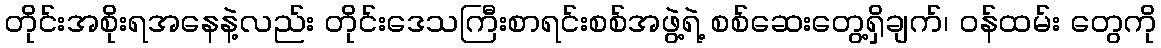
တိုင်းအစိုးရအနေနဲ့လည်း တိုင်းဒေသကြီးစာရင်းစစ်အဖွဲ့ရဲ့ စစ်ဆေးတွေ့ရှိချက်၊ ဝန်ထမ်း တွေကို